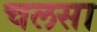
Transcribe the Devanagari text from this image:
चलसा